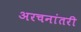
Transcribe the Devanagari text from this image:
अरचनांतरी